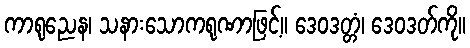
ကာရုညေန၊ သနားသောကရုဏာဖြင့်။ ဒေဝဒတ္တံ၊ ဒေဝဒတ်ကို။